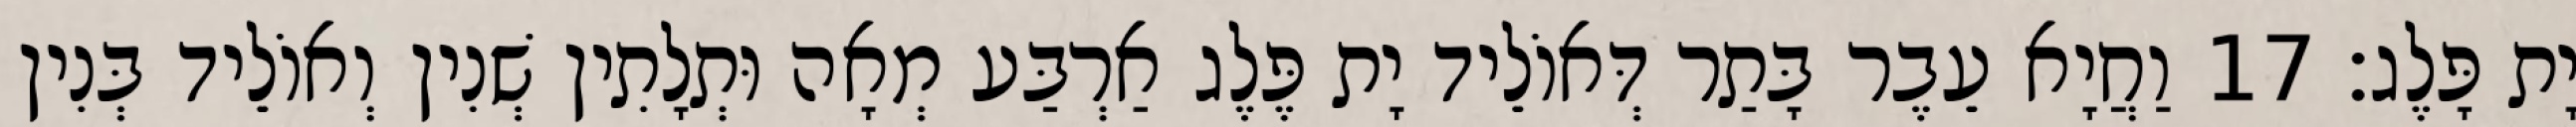
יָת פָּלֶג׃ 17 וַחֲיָא עֵבֶר בָּתַר דְּאוֹלֵיד יָת פֶּלֶג אַרְבַּע מְאָה וּתְלָתִין שְׁנִין וְאוֹלֵיד בְּנִין